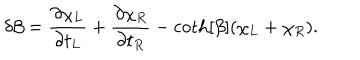
LaTeX: \delta \beta = \frac { \partial \chi _ { L } } { \partial t _ { L } } + \frac { \partial \chi _ { R } } { \partial t _ { R } } - \coth [ \beta ] ( \chi _ { L } + \chi _ { R } ) .